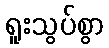
ရူးသွပ်စွာ